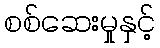
စစ်ဆေးမှုနှင့်